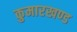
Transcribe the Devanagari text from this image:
कुमारखण्ड